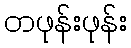
တဖုန်းဖုန်း